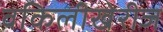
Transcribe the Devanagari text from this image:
वकिलीखेरीज